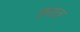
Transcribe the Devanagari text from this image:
हरात